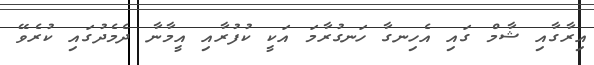
އިރާގާއި ޝާމް ގައި އެހިނގާ ހަނގުރާމަ އަކީ ކުފުރާއި އީމާނާ ދެމެދުގައި ކުރެވޭ